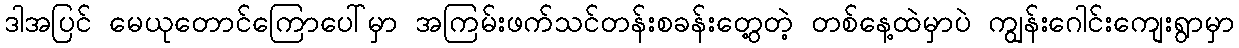
ဒါအပြင် မေယုတောင်ကြောပေါ်မှာ အကြမ်းဖက်သင်တန်းစခန်းတွေ့တဲ့ တစ်နေ့ထဲမှာပဲ ကျွန်းဂေါင်းကျေးရွာမှာ